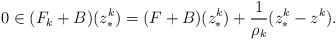
\begin{align*}0 \in(F_k+B)(z^k_*) = (F+B)(z^k_*)+\frac{1}{\rho_k}(z^k_*-z^k). \end{align*}